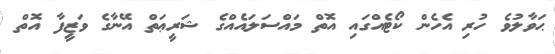
ޙަވާލުވެ ހުރި އެހެން ކޯޓެއްގައި އޮތް މައްސަލައެއްގެ ޝަރީޢަތް އޭނާގެ ވަޒީފާ އޮތް